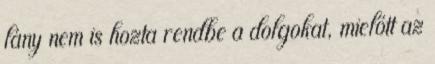
lány nem is hozta rendbe a dolgokat, mielőtt az